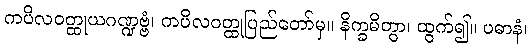
ကပိလဝတ္ထုယဂဏ္ဍဗ္ဗံ၊ ကပိလဝတ္ထုပြည်တော်မှ။ နိက္ခမိတွာ၊ ထွက်၍။ ပဓာနံ၊